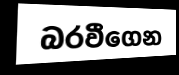
බරවීගෙන